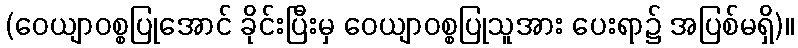
(ဝေယျာဝစ္စပြုအောင် ခိုင်းပြီးမှ ဝေယျာဝစ္စပြုသူအား ပေးရာ၌ အပြစ်မရှိ)။